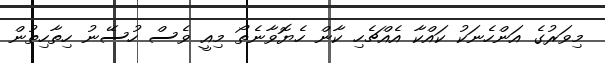
މިވަރުގެ އަންހެނަކު ކައްކާ އެއްޗެހި ކާން ހެޔޮވާނެތޯ މިއީ ވެސް ހުސޭނު ހިތާހިތުން